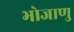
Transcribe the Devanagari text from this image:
भोजाणु